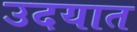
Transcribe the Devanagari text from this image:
उदयात